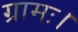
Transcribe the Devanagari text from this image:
ग्रामः।